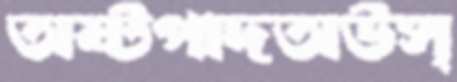
অষ্টপাদঅউস্